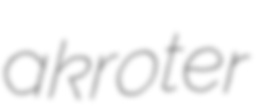
akroter